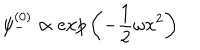
LaTeX: \psi _ { - } ^ { ( 0 ) } \propto e x p \left( - \frac { 1 } { 2 } \omega x ^ { 2 } \right)